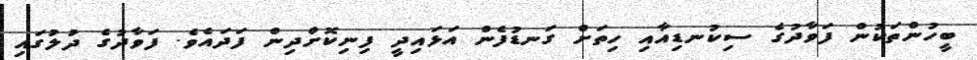
ބީހުންތަކުން ފަވާދުގެ ސިކުނޑިއާއި ހިތަށް ގަނޑުފެން އަޅައިދީ ފިނިކޮށްދިން ފަދައެވެ. ފަވާދުގެ ދުލުގައި